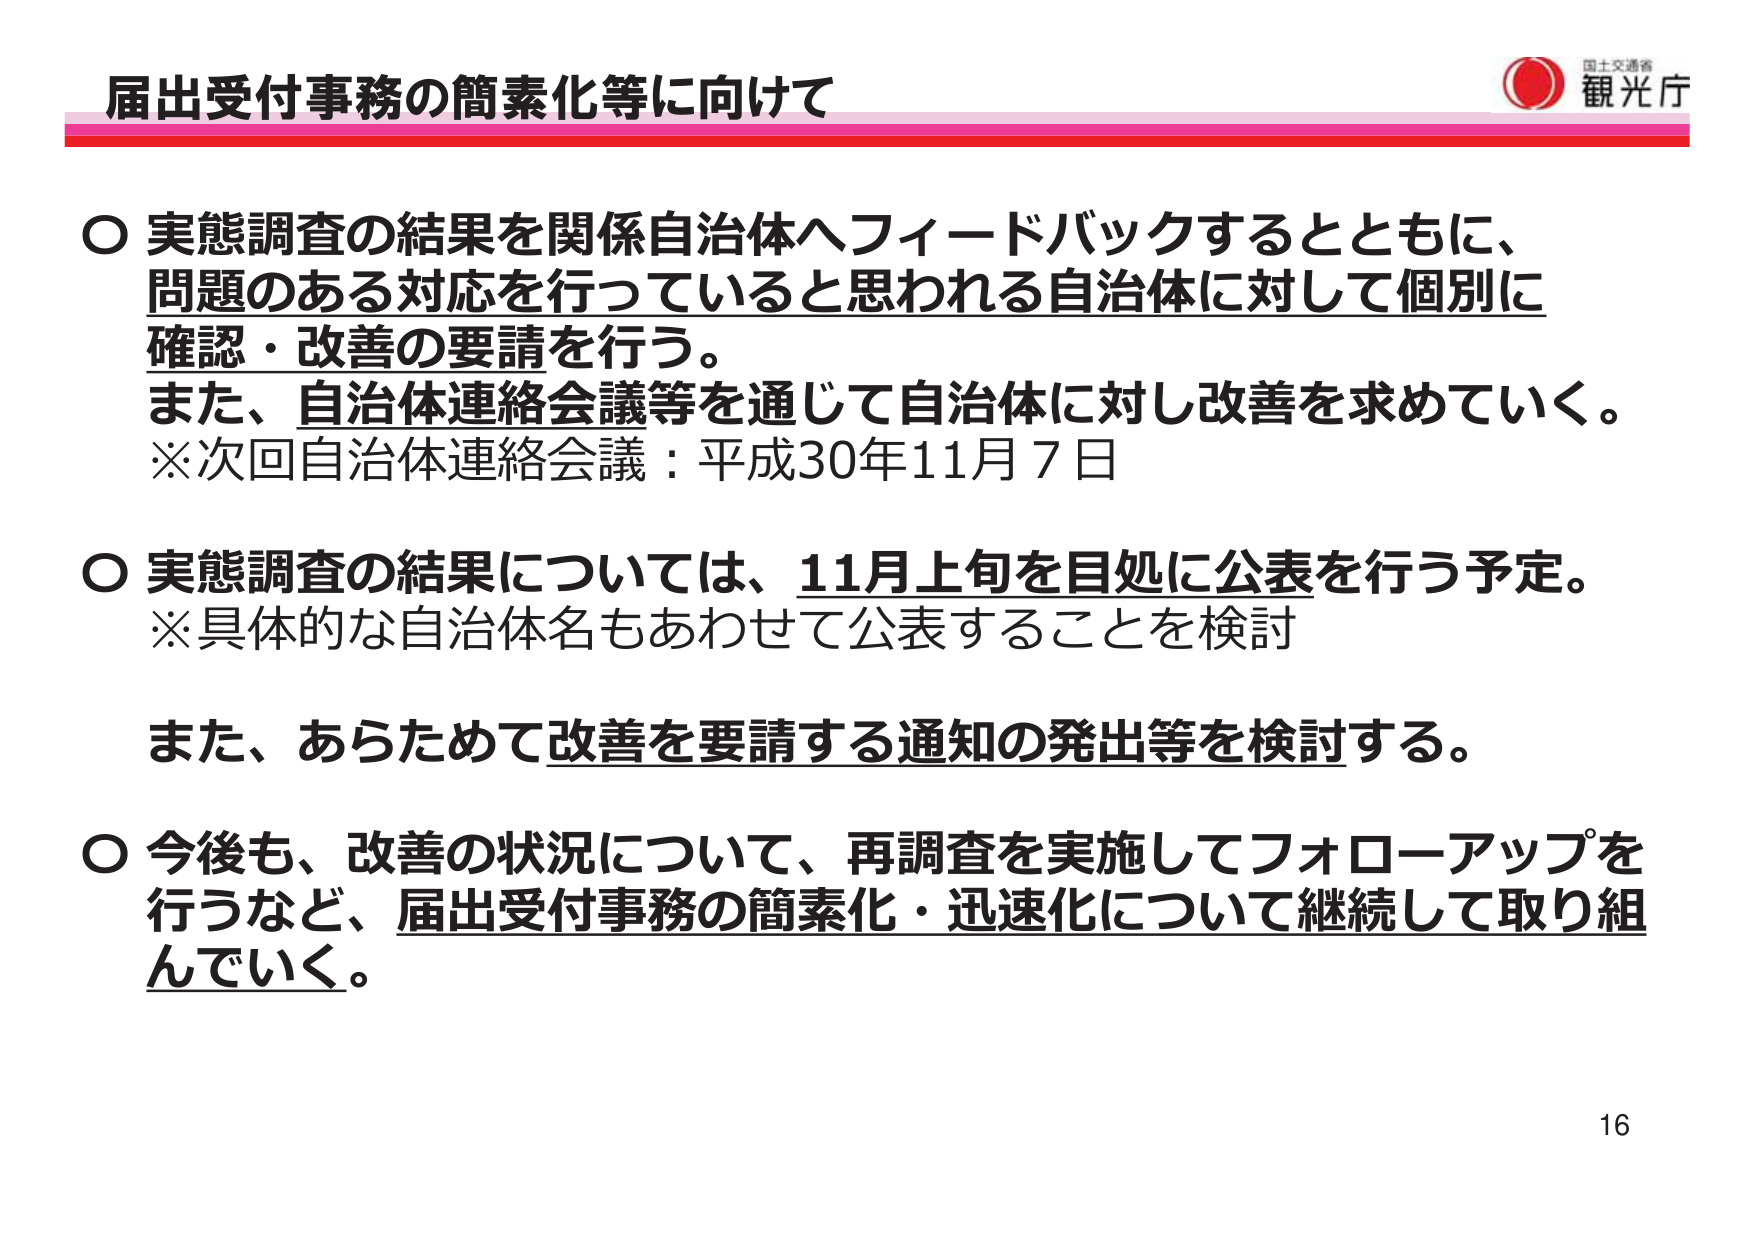
届出受付事務の簡素化等に向けて

○ 実態調査の結果を関係自治体へフィードバックするとともに、
問題のある対応を行っていると思われる自治体に対して個別に
確認・改善の要請を行う。
また、自治体連絡会議等を通じて自治体に対し改善を求めていく。
※次回自治体連絡会議：平成30年11月7日

○ 実態調査の結果については、11月上旬を目処に公表を行う予定。
※具体的な自治体名もあわせて公表することを検討

また、あらためて改善を要請する通知の発出等を検討する。

○ 今後も、改善の状況について、再調査を実施してフォローアップを
行うなど、届出受付事務の簡素化・迅速化について継続して取り組
んでいく。

16

国土交通省
観光庁